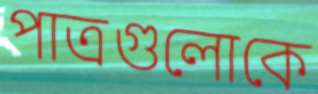
পাত্রগুলোকে